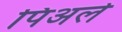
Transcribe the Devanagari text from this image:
पिअले